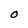
Character: O